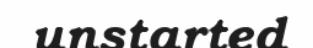
unstarted